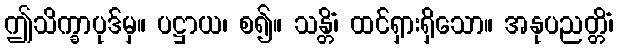
ဤသိက္ခာပုဒ်မှ။ ပဋ္ဌာယ၊ စ၍။ သန္တိံ၊ ထင်ရှားရှိသော။ အနုပညတ္တိံ၊